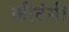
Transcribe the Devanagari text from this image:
कीटंगी